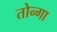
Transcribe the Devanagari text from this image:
तोन्गा